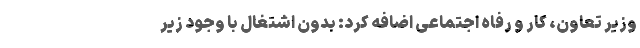
وزیر تعاون، کار و رفاه اجتماعی اضافه کرد: بدون اشتغال با وجود زیر